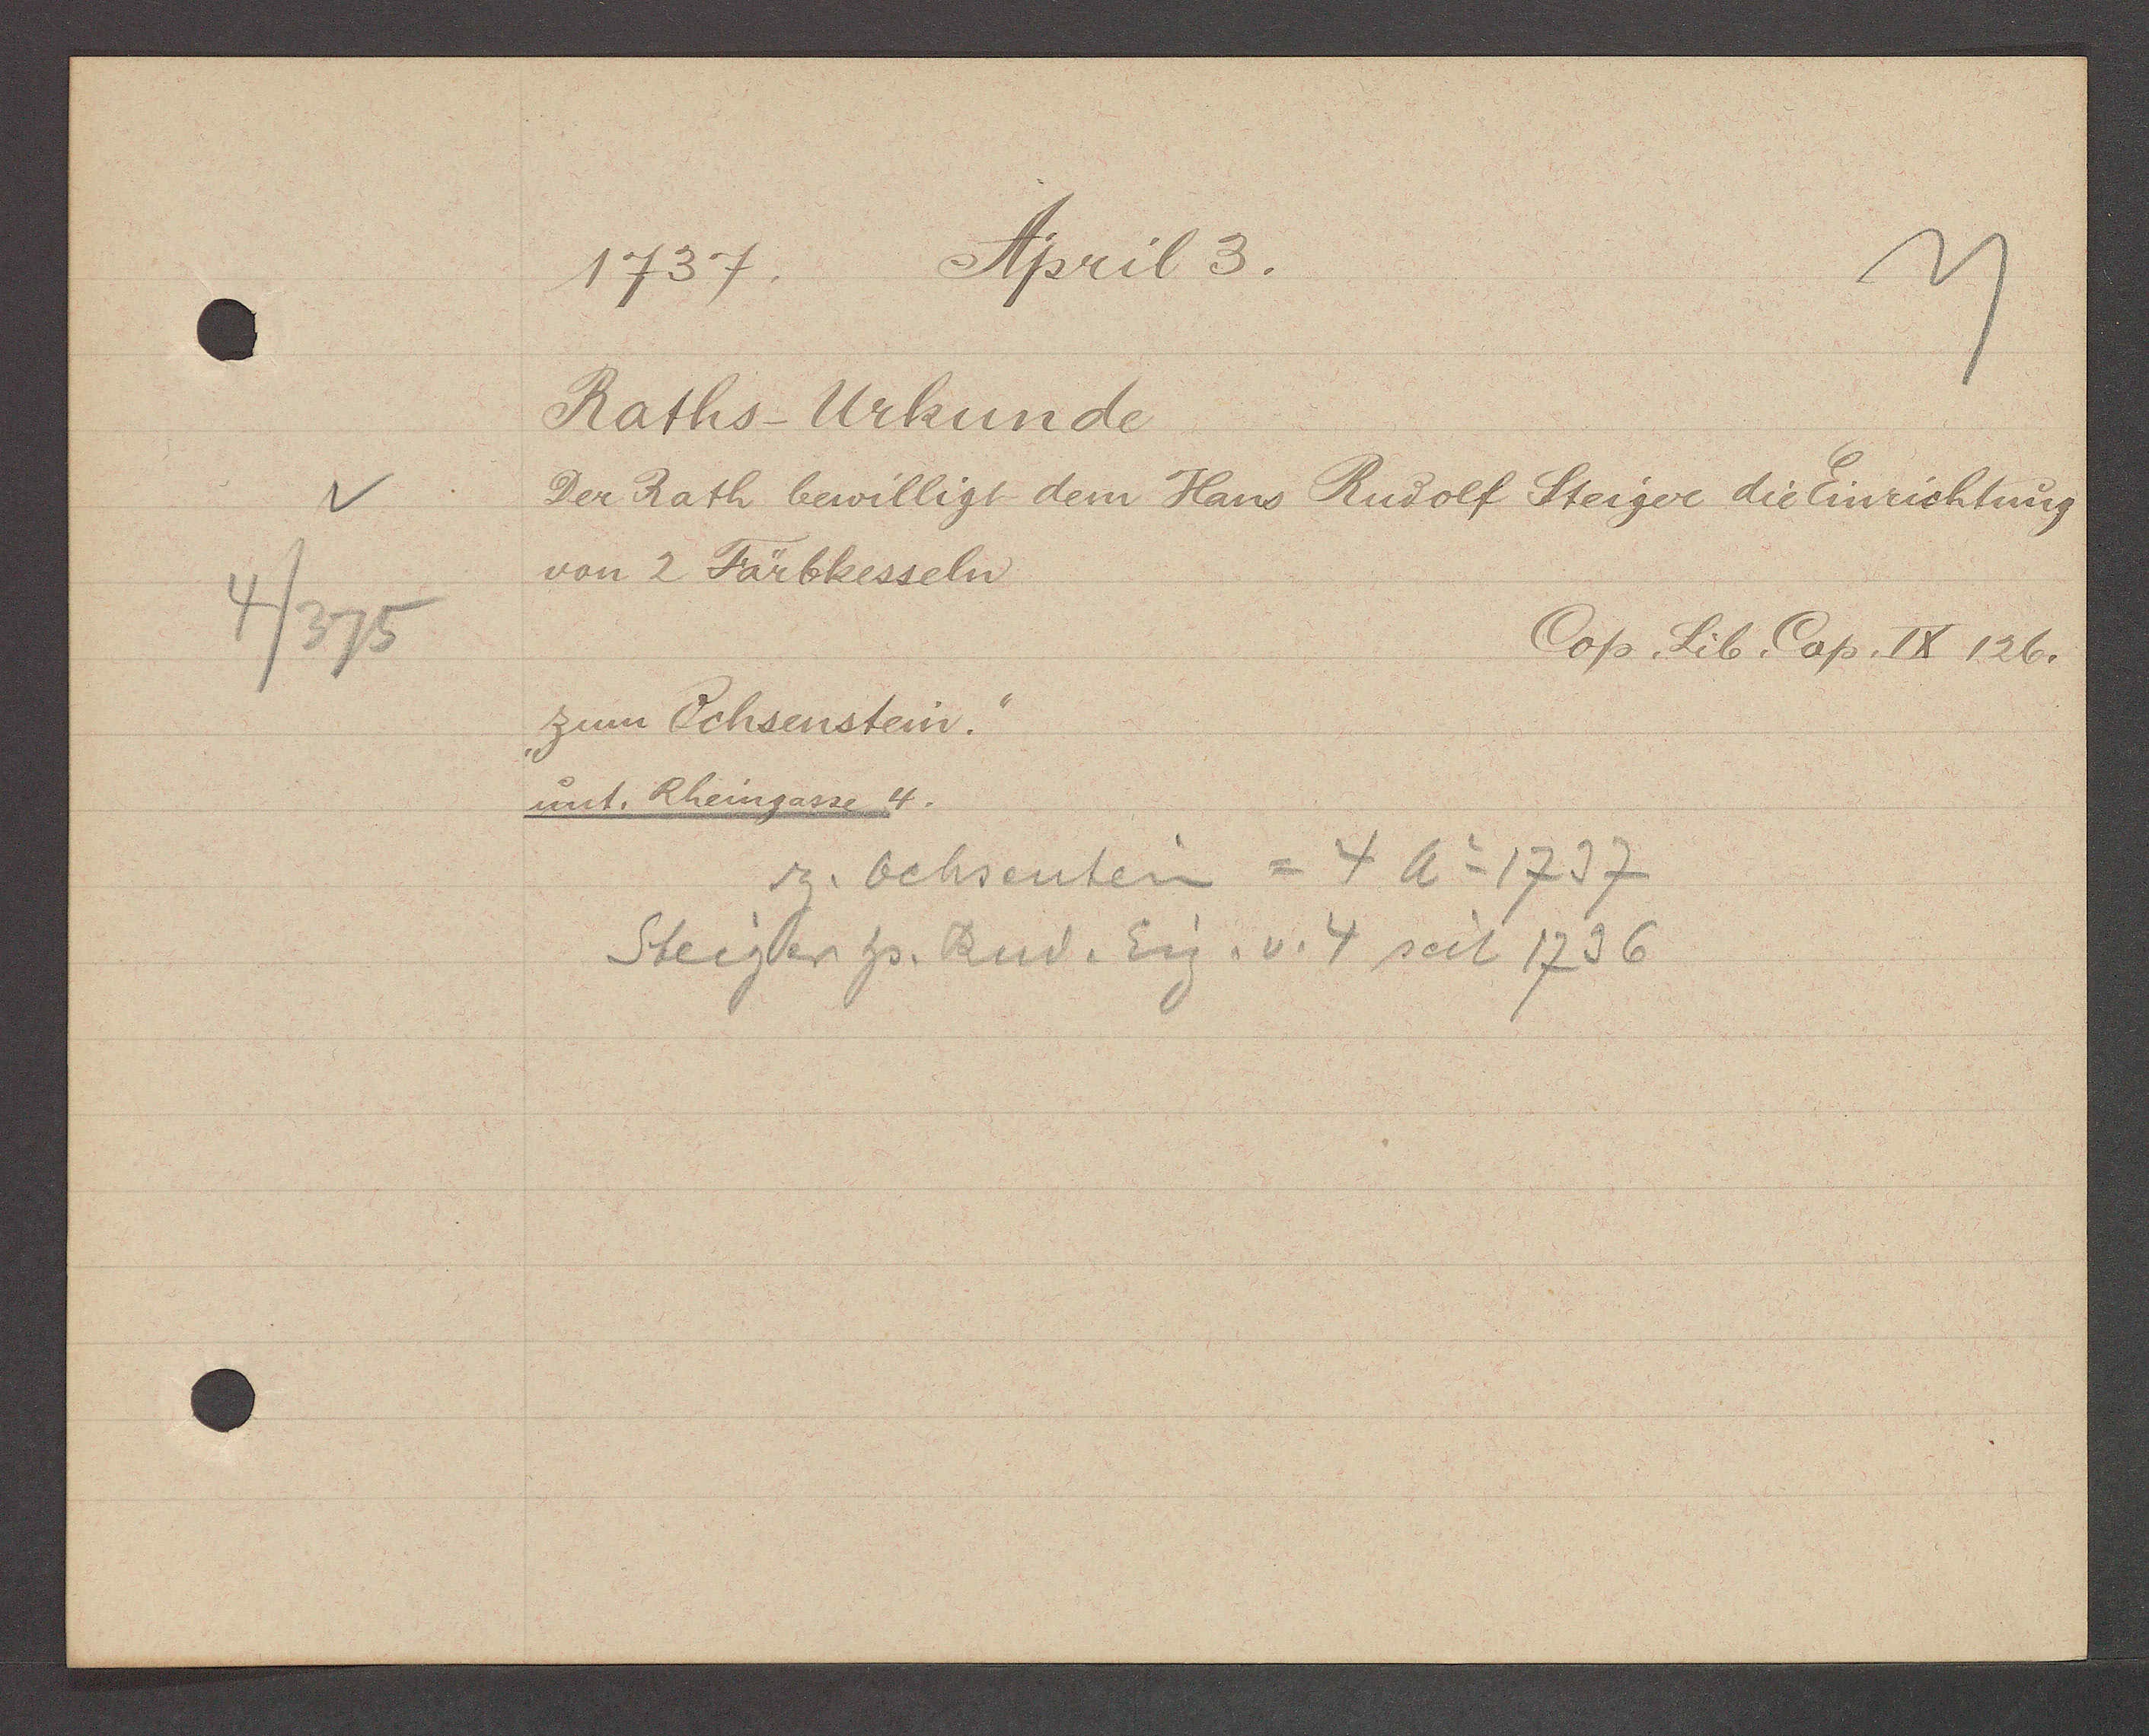
Transcript:
4/375

April 3.
1737.

Raths-Urkunde
Der Rath bewilligt dem Hans Rudolf Steiger die Einrichtung
von 2 Färbkesseln.
"Zum Ochsenstein."
unt. Rheingasse 4.

z. Ochsentein = 4 Ao 1737
Steiger hs. Rud. Eig. v. 4 seit 1736

Cop. Lib. Cop. IX 126.